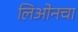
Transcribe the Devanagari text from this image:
लिओनचा